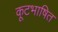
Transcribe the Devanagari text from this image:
कूटभाषित